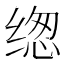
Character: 𰬰